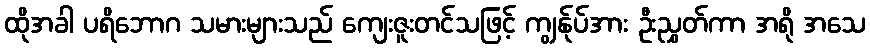
ထိုအခါ ပရိဘောဂ သမားများသည် ကျေးဇူးတင်သဖြင့် ကျွန်ုပ်အား ဦးညွှတ်ကာ အရို အသေ